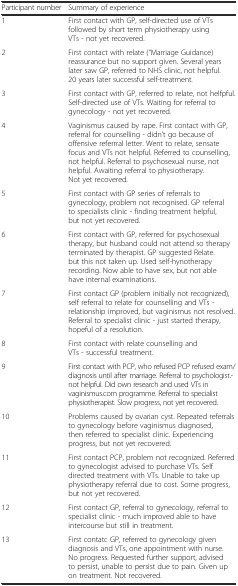
<table><thead><tr><td><b>Participant number</b></td><td><b>Summary of experience</b></td></tr></thead><tbody><tr><td>1</td><td>First contact with GP, self-directed use of VTs followed by short term physiotherapy using VTs - not yet recovered.</td></tr><tr><td>2</td><td>First contact with relate (“Marriage Guidance) reassurance but no support given. Several years later saw GP, referred to NHS clinic, not helpful. 20 years later successful self-treatment.</td></tr><tr><td>3</td><td>First contact with GP, referred to relate, not helfpful. Self-directed use of VTs. Waiting for referral to gynecology - not yet recovered.</td></tr><tr><td>4</td><td>Vaginismus caused by rape. First contact with GP, referral for counselling - didn’t go because of offensive referrral letter. Went to relate, sensate focus and VTs not helpful. Referred to counselling, not helpful. Referral to psychosexual nurse, not helpful. Awaiting referral to physiotherapy. Not yet recovered.</td></tr><tr><td>5</td><td>First contact with GP series of referrals to gynecology, problem not recognised. GP referral to specialists clinic - finding treatment helpful, but not yet recovered.</td></tr><tr><td>6</td><td>First contact with GP, referred for psychosexual therapy, but husband could not attend so therapy terminated by therapist. GP suggested Relate. but this not taken up. Used self-hynotherapy recording. Now able to have sex, but not able have internal examinations.</td></tr><tr><td>7</td><td>First contact GP (problem initially not recognized), self referral to relate for counselling and VTs - relationship improved, but vaginismus not resolved. Referral to specialist clinic - just started therapy, hopeful of a resolution.</td></tr><tr><td>8</td><td>First contact with relate counselling and VTs - successful treatment.</td></tr><tr><td>9</td><td>First contact with PCP, who refused PCP refused exam/ diagnosis until after marriage. Referral to psychologist.- not helpful. Did own research and used VTs in vaginismus.com programme. Referral to specialist physiotherapist. Slow progress, not yet recovered.</td></tr><tr><td>10</td><td>Problems caused by ovarian cyst. Repeated referrals to gynecology before vaginismus diagnosed, then referred to specialist clinic. Experiencing progress, but not yet recovered.</td></tr><tr><td>11</td><td>First contact PCP, problem not recognized. Referred to gynecologist advised to purchase VTs. Self directed treatment with VTs. Unable to take up physiotherapy referral due to cost. Some progress, but not yet recovered.</td></tr><tr><td>12</td><td>First contact GP, referral to gynecology, referral to specialist clinic - much improved able to have intercourse but still in treatment.</td></tr><tr><td>13</td><td>First contatc GP, referred to gynecology given diagnosis and VTs, one appointment with nurse. No progress. Requested further support, advised to persist, unable to persist due to pain. Given up on treatment. Not recovered.</td></tr></tbody></table>